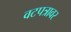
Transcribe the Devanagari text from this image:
वटपत्रावर